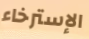
الإسترخاء